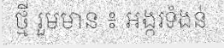
ថ្មី រួមមាន ៖ អង្ករទំងន់